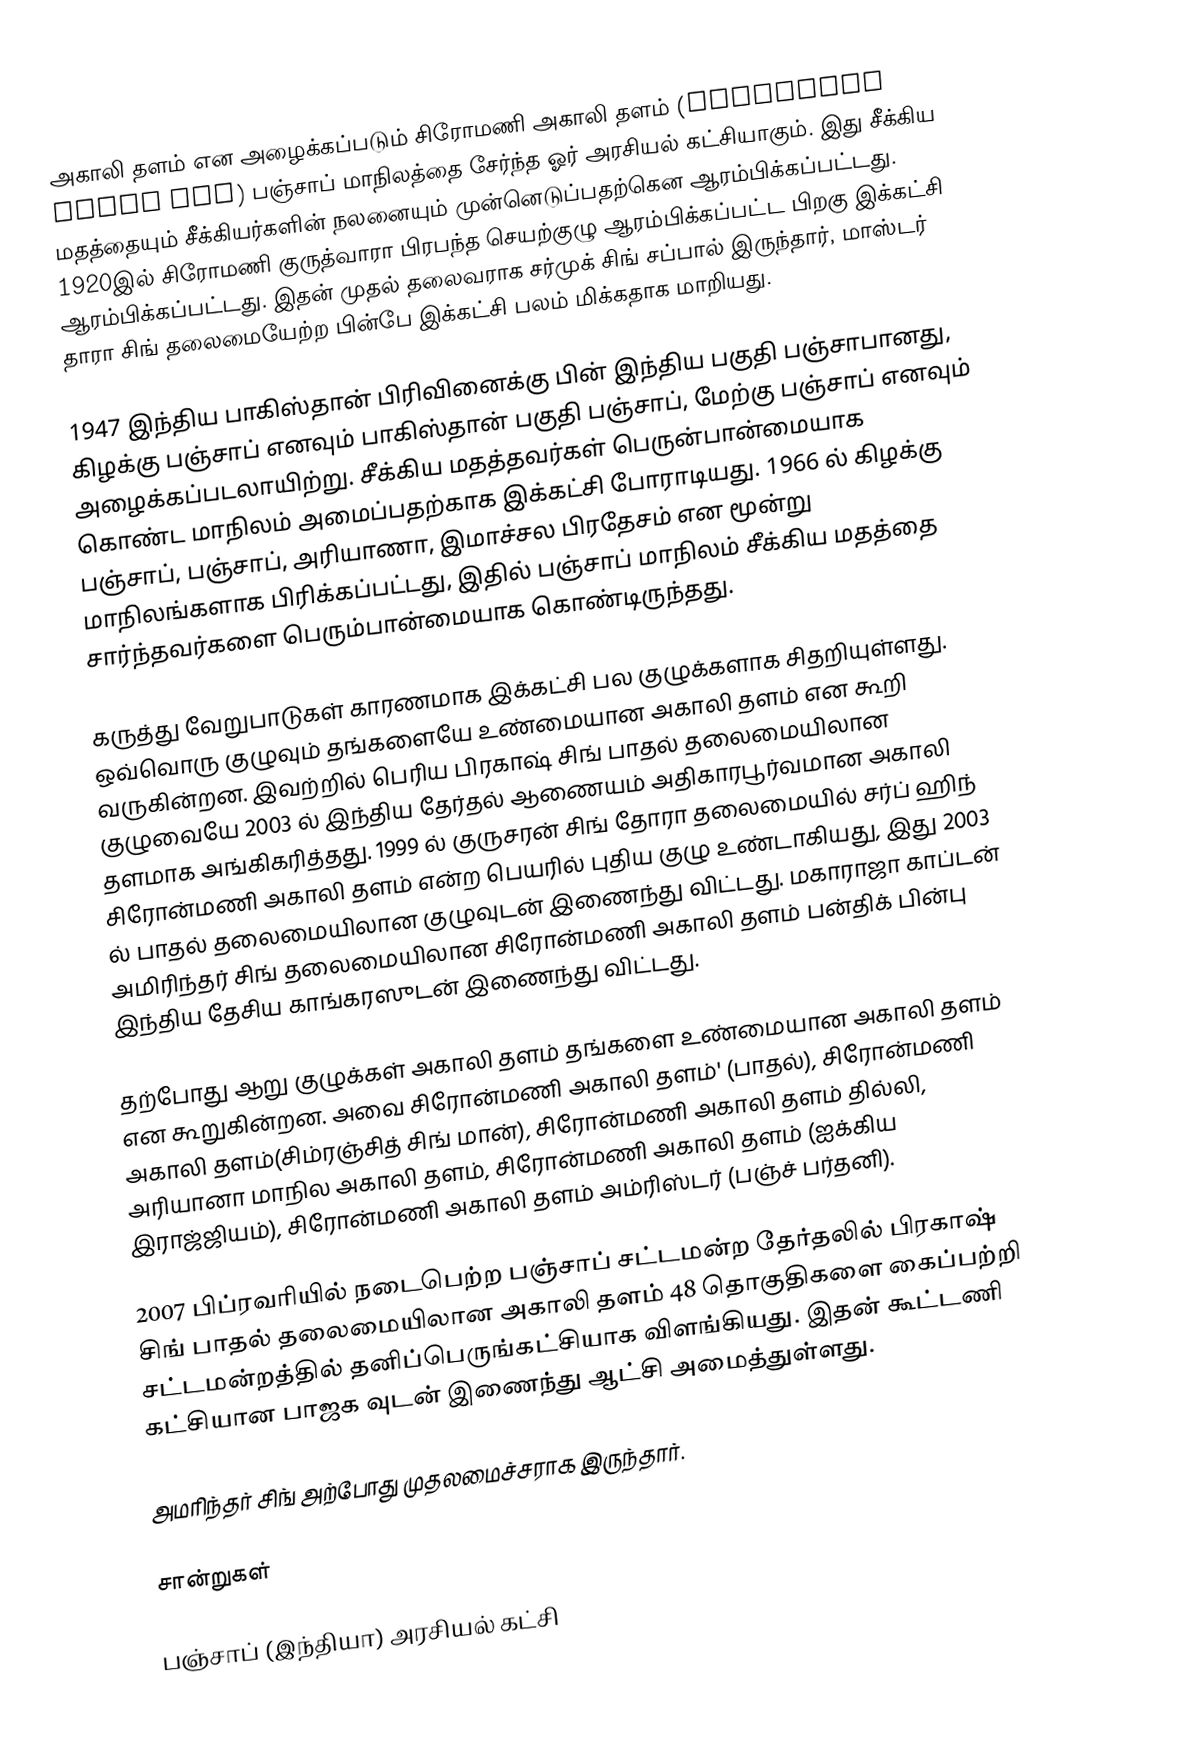
அகாலி தளம் என அழைக்கப்படும் சிரோமணி அகாலி தளம் (Shiromani Akali Dal) பஞ்சாப் மாநிலத்தை சேர்ந்த ஓர் அரசியல் கட்சியாகும். இது சீக்கிய மதத்தையும் சீக்கியர்களின் நலனையும் முன்னெடுப்பதற்கென ஆரம்பிக்கப்பட்டது. 1920இல் சிரோமணி குருத்வாரா பிரபந்த செயற்குழு ஆரம்பிக்கப்பட்ட பிறகு இக்கட்சி ஆரம்பிக்கப்பட்டது. இதன் முதல் தலைவராக சர்முக் சிங் சப்பால் இருந்தார், மாஸ்டர் தாரா சிங் தலைமையேற்ற பின்பே இக்கட்சி பலம் மிக்கதாக மாறியது.

1947 இந்திய பாகிஸ்தான் பிரிவினைக்கு பின் இந்திய பகுதி பஞ்சாபானது, கிழக்கு பஞ்சாப் எனவும் பாகிஸ்தான் பகுதி பஞ்சாப், மேற்கு பஞ்சாப் எனவும் அழைக்கப்படலாயிற்று. சீக்கிய மதத்தவர்கள் பெருன்பான்மையாக கொண்ட மாநிலம் அமைப்பதற்காக இக்கட்சி போராடியது. 1966 ல் கிழக்கு பஞ்சாப், பஞ்சாப், அரியாணா, இமாச்சல பிரதேசம் என மூன்று மாநிலங்களாக பிரிக்கப்பட்டது, இதில் பஞ்சாப் மாநிலம் சீக்கிய மதத்தை சார்ந்தவர்களை பெரும்பான்மையாக கொண்டிருந்தது.

கருத்து வேறுபாடுகள் காரணமாக இக்கட்சி பல குழுக்களாக சிதறியுள்ளது. ஒவ்வொரு குழுவும் தங்களையே உண்மையான அகாலி தளம் என கூறி வருகின்றன. இவற்றில் பெரிய பிரகாஷ் சிங் பாதல் தலைமையிலான குழுவையே 2003 ல் இந்திய தேர்தல் ஆணையம் அதிகாரபூர்வமான அகாலி தளமாக அங்கிகரித்தது. 1999 ல் குருசரன் சிங் தோரா தலைமையில் சர்ப் ஹிந் சிரோன்மணி அகாலி தளம் என்ற பெயரில் புதிய குழு உண்டாகியது, இது 2003 ல் பாதல் தலைமையிலான குழுவுடன் இணைந்து விட்டது. மகாராஜா காப்டன் அமிரிந்தர் சிங் தலைமையிலான சிரோன்மணி அகாலி தளம் பன்திக் பின்பு இந்திய தேசிய காங்கரஸுடன் இணைந்து விட்டது.

தற்போது ஆறு குழுக்கள் அகாலி தளம் தங்களை உண்மையான அகாலி தளம் என கூறுகின்றன. அவை சிரோன்மணி அகாலி தளம்' (பாதல்), சிரோன்மணி அகாலி தளம்(சிம்ரஞ்சித் சிங் மான்), சிரோன்மணி அகாலி தளம் தில்லி, அரியானா மாநில அகாலி தளம், சிரோன்மணி அகாலி தளம் (ஐக்கிய இராஜ்ஜியம்), சிரோன்மணி அகாலி தளம் அம்ரிஸ்டர் (பஞ்ச் பர்தனி).

2007 பிப்ரவரியில் நடைபெற்ற பஞ்சாப் சட்டமன்ற தேர்தலில் பிரகாஷ் சிங் பாதல் தலைமையிலான அகாலி தளம் 48 தொகுதிகளை கைப்பற்றி சட்டமன்றத்தில் தனிப்பெருங்கட்சியாக விளங்கியது. இதன் கூட்டணி கட்சியான பாஜக வுடன் இணைந்து ஆட்சி அமைத்துள்ளது.

அமரிந்தர் சிங்  அற்போது முதலமைச்சராக இருந்தார்.

சான்றுகள்

பஞ்சாப் (இந்தியா) அரசியல் கட்சி